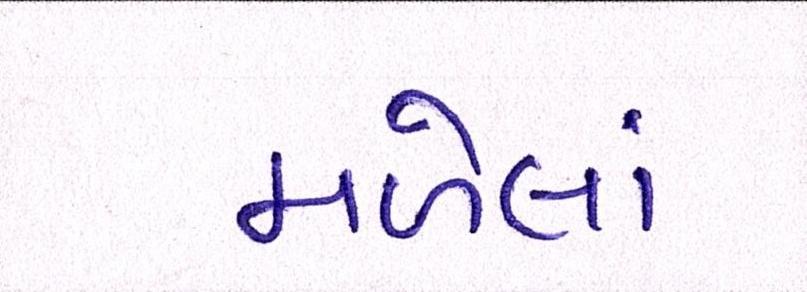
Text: મળેલાં